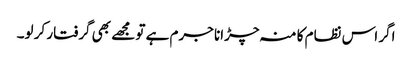
اگر اس نظام کا منہ چڑانا جرم ہے تو مجھے بھی گرفتار کر لو۔